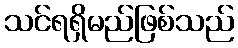
သင်ရရှိမည်ဖြစ်သည်